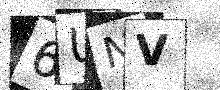
Text: 6UNV